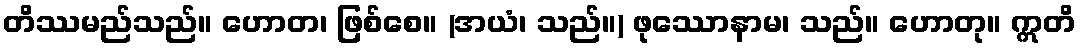
တိဿမည်သည်။ ဟောတ၊ ဖြစ်စေ။ (အယံ၊ သည်။) ဖုဿောနာမ၊ သည်။ ဟောတု။ ဣတိ